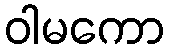
ဝါမကော